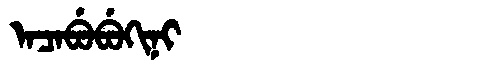
Manchu: ᠠᠴᠠᠪᡠᠪᡠᡴᡳᠨᡳ
Romanization: ACABUBUKINI